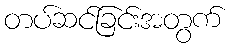
တပ်ဆင်ခြင်းအတွက်